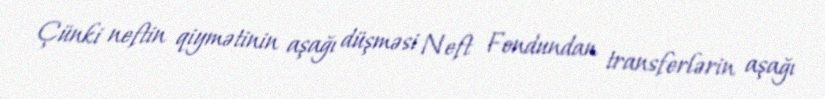
Çünki neftin qiymətinin aşağı düşməsi Neft Fondundan transferlərin aşağı